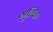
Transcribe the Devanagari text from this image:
गुल्कि